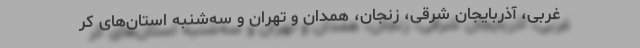
غربی، آذربایجان شرقی، زنجان، همدان و تهران و سه‌شنبه استان‌های کر